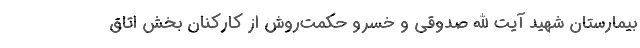
بیمارستان شهید آیت الله صدوقی و خسرو حکمت‌روش از کارکنان بخش اتاق